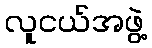
လူငယ်အဖွဲ့